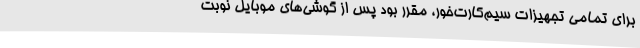
برای تمامی تجهیزات سیم‌کارت‌خور، مقرر بود پس از گوشی‌های موبایل نوبت